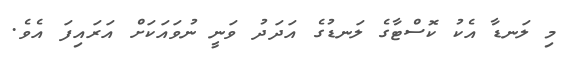
މި ލަނޑާ އެކު ކޮސްޓާގެ ލަނޑުގެ އަދަދު ވަނީ ނުވައަކަށް އަރައިފަ އެވެ.